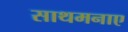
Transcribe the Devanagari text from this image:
साथमनाए